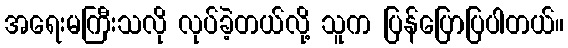
အရေးမကြီးသလို လုပ်ခဲ့တယ်လို့ သူက ပြန်ပြောပြပါတယ်။